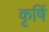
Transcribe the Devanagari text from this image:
कृषिं